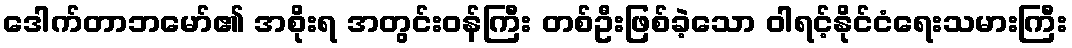
ဒေါက်တာဘမော်၏ အစိုးရ အတွင်းဝန်ကြီး တစ်ဦးဖြစ်ခဲ့သော ဝါရင့်နိုင်ငံရေးသမားကြီး